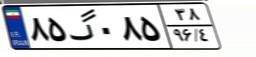
۸۵گ۰۸۵۳۸